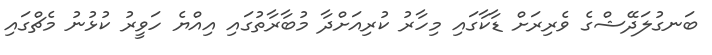
ބަނގުލަދޭޝްގެ ވެރިރަށް ޑާކާގައި މިހާރު ކުރިއަށްދާ މުބާރާތުގައި އިއްޔެ ހަވީރު ކުޅުނު މެޗްގައި